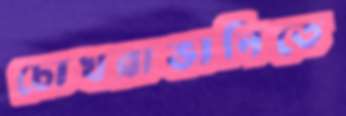
চোখরাঙানিতে